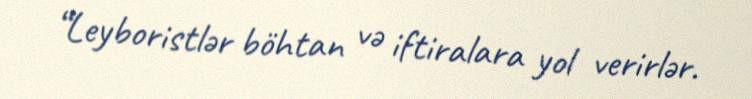
“Leyboristlər böhtan və iftiralara yol verirlər.